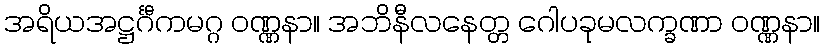
အရိယအဋ္ဌင်္ဂီကမဂ္ဂ ဝဏ္ဏနာ။ အဘိနီလနေတ္တ ဂေါပခုမလက္ခဏာ ဝဏ္ဏနာ။